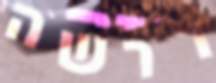
דרשה